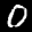
Label: 0